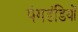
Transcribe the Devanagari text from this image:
पंगडंडियों